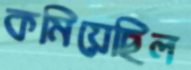
কমিয়েছিল